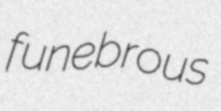
funebrous